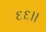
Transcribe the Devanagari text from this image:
६६।।